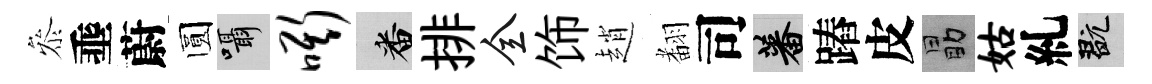
叅埀蔚圆囁嘶番排全饰趙𮋒司蕃蹖皮勗姑糺玩